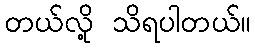
တယ်လို့ သိရပါတယ်။